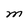
Character: M